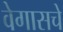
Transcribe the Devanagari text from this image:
वेगासचे